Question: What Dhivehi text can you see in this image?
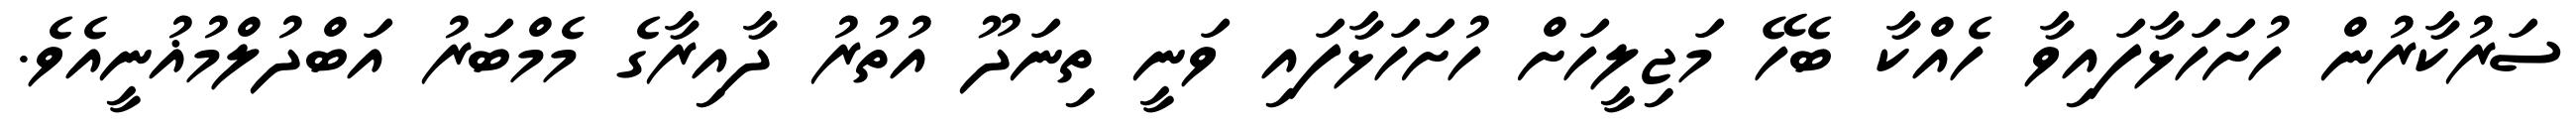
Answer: ސަރުކާރުން ހުށަހަޅާފައިވާ ހެއްކާ ބެހޭ މަޖިލީހަށް ހުށަހަޅާފައި ވަނީ ތިނަދޫ އުތުރު ދާއިރާގެ މެމްބަރު އަބްދުލްމުޣުނީއެވެ.